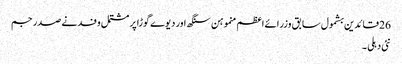
26 قائدین بشمول سابق وزرائے اعظم منموہن سنگھ اور دیوے گوڑا پر مشتمل وفد نے صدر جم
نئی دہلی ۔